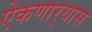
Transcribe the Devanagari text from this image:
ऐकणार्‍यास